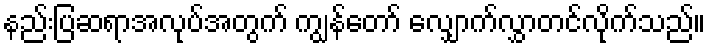
နည်းပြဆရာအလုပ်အတွက် ကျွန်တော် လျှောက်လွှာတင်လိုက်သည်။